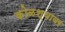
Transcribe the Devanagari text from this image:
कोळश्यावर